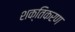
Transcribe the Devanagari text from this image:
शक्तिकरण